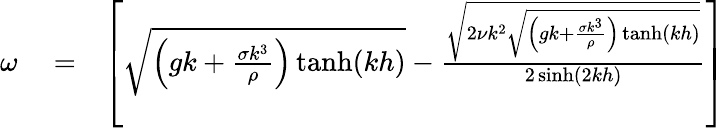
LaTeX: \begin{array}{rlr}{\omega}&{{}=}&{\left[\sqrt{\left(gk+\frac{\sigma k^{3}}{\rho}\right)\operatorname{tanh}(kh)}-\frac{\sqrt{2\nu k^{2}\sqrt{\left(gk+\frac{\sigma k^{3}}{\rho}\right)\operatorname{tanh}(kh)}}}{2\sinh(2kh)}\right]}\end{array}